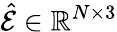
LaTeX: \hat{\mathcal{E}}\in\mathbb{R}^{N\times 3}